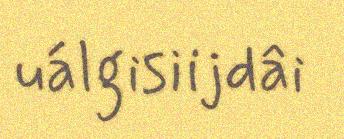
uálgisiijdâi